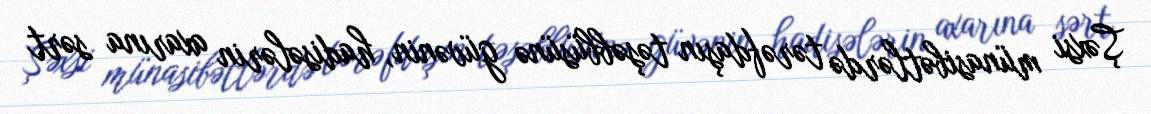
Şəxsi münasibətlərdə tərəfdaşın təşəbbüsünə güvənin, hadisələrin axarına sərt